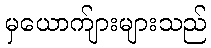
မှယောက်ျားများသည်